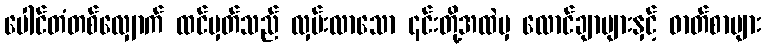
ပေါင်တံတစ်လျှောက် ထင်မှတ်သည် လှမ်းလာသော ၎င်းတို့အထဲမှ လောင်ချာများနှင့် ဓာတ်စာများ